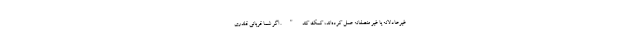
غیرعادلانه یا غیر منصفانه عمل کرده‌اند، کمک کند". اگر شما قربانی قلدری